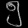
Digit: ၅